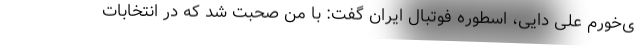
ی‌خورم علی دایی، اسطوره فوتبال ایران گفت: با من صحبت شد که در انتخابات